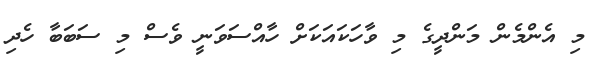
މި އެންމެން މަންދީގެ މި ވާހަކައަކަށް ހާއްސަވަނީ ވެސް މި ސަބަބާ ހެދި